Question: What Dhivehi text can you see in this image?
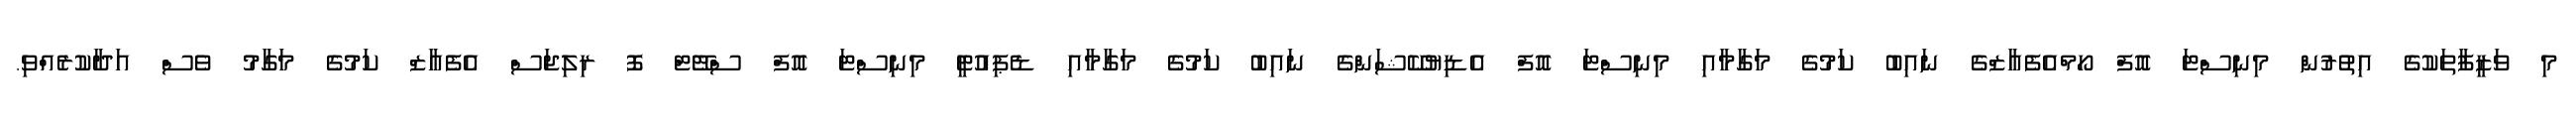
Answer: މި ވަޒީފާތަކުގެ އިތުރުން މިނިސްޓަ އޮފް ހޯމްއެފެއާޒްގެ ނައިބު ކަމުގެ މަގާމާއި މިނިސްޓަ އޮފް އެޑިޔުކޭޝަންގެ ނައިބު ކަމުގެ މަގާމާއި ޑެޕިއުޓީ މިނިސްޓަ އޮފް ސްޓޭޓް ފޮ ރިލިޖަސް އެފެއާޒް ކަމުގެ މަގާމު ވެސް އަދާކުރެއްވި.